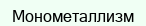
Монометаллизм